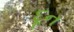
દૂન